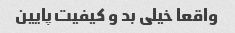
واقعا خیلی بد و کیفیت پایین